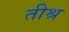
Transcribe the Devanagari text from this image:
तीश्र